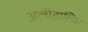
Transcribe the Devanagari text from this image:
अलीटालिए